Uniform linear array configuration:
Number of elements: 8
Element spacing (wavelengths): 1
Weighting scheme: hamming
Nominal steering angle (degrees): -30
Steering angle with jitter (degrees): -31.97
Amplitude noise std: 0.05
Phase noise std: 0.05

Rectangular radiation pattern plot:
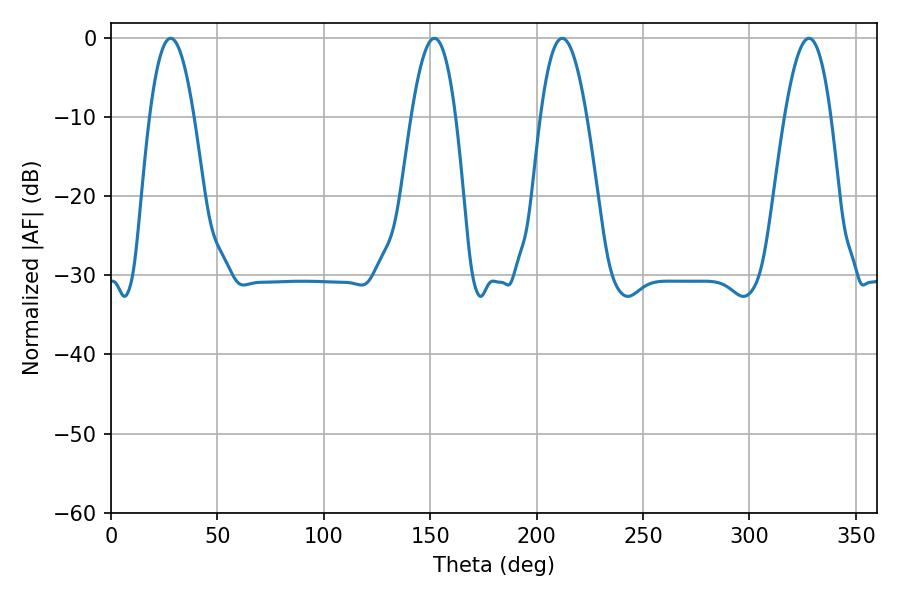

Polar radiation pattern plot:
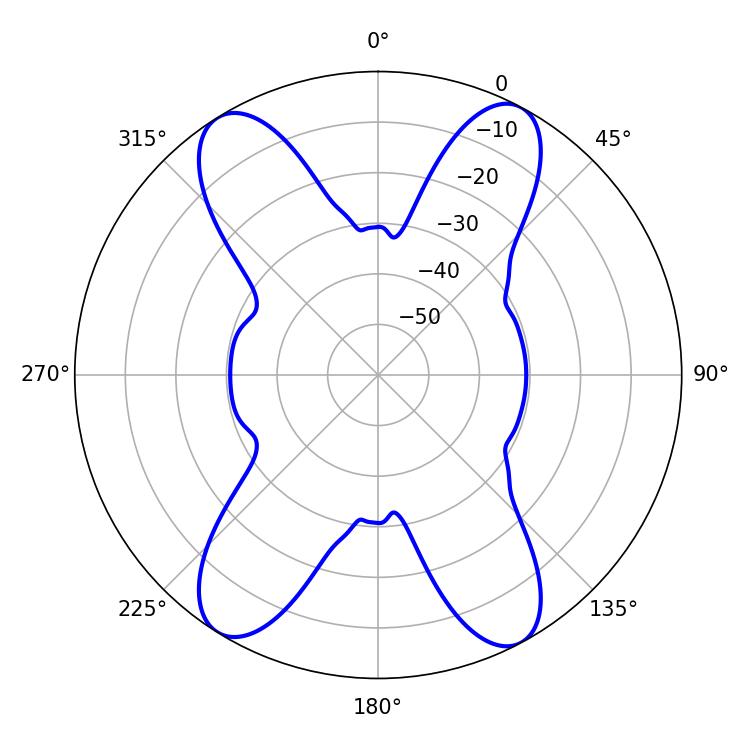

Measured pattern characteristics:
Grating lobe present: TRUE
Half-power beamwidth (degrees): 11.88
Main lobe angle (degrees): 212.04